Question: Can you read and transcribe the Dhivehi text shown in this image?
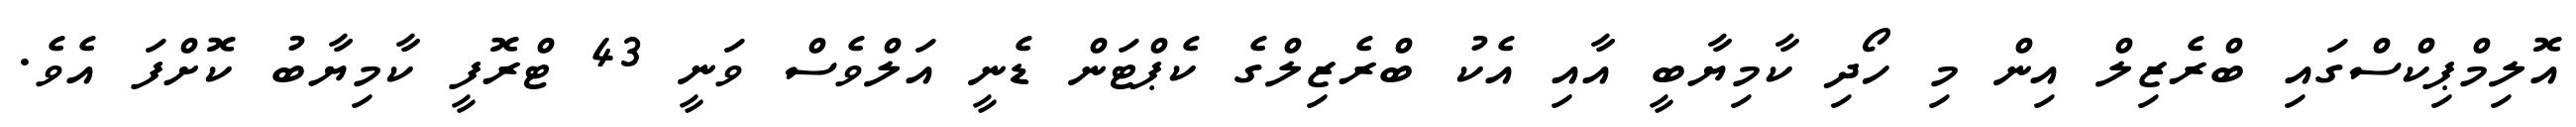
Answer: އޮލިމްޕިކްސްގައި ބްރެޒިލް އިން މި ހޯދި ކާމިޔާބީ އާއި އެކު ބްރެޒިލްގެ ކެޕްޓަން ޑެނީ އަލްވެސް ވަނީ 43 ޓްރޮފީ ކާމިޔާބު ކޮށްފަ އެވެ.